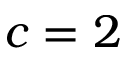
c = 2